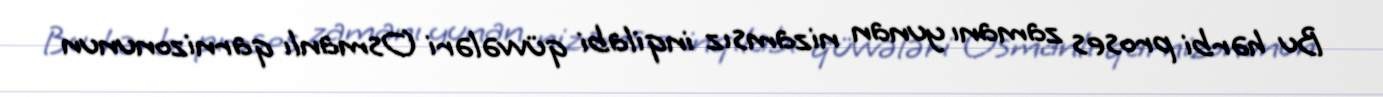
Bu hərbi proses zamanı yunan nizamsız inqilabi qüvvələri Osmanlı qarnizonunun